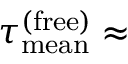
\tau _ { \mathrm { m e a n } } ^ { \mathrm { ( f r e e ) } } \approx